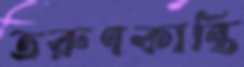
তরুণকান্তি